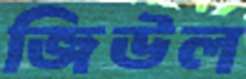
জিউল